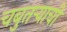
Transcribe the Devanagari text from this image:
चबुतऱ्याची